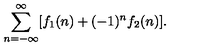
\sum _ { n = - \infty } ^ { \infty } [ f _ { 1 } ( n ) + ( - 1 ) ^ { n } f _ { 2 } ( n ) ] .